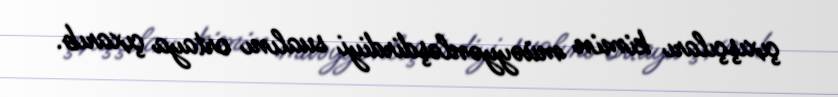
çıxışçıları kimin müəyyənləşdirdiyi sualını ortaya çıxarıb.